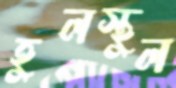
হুলস্থুল